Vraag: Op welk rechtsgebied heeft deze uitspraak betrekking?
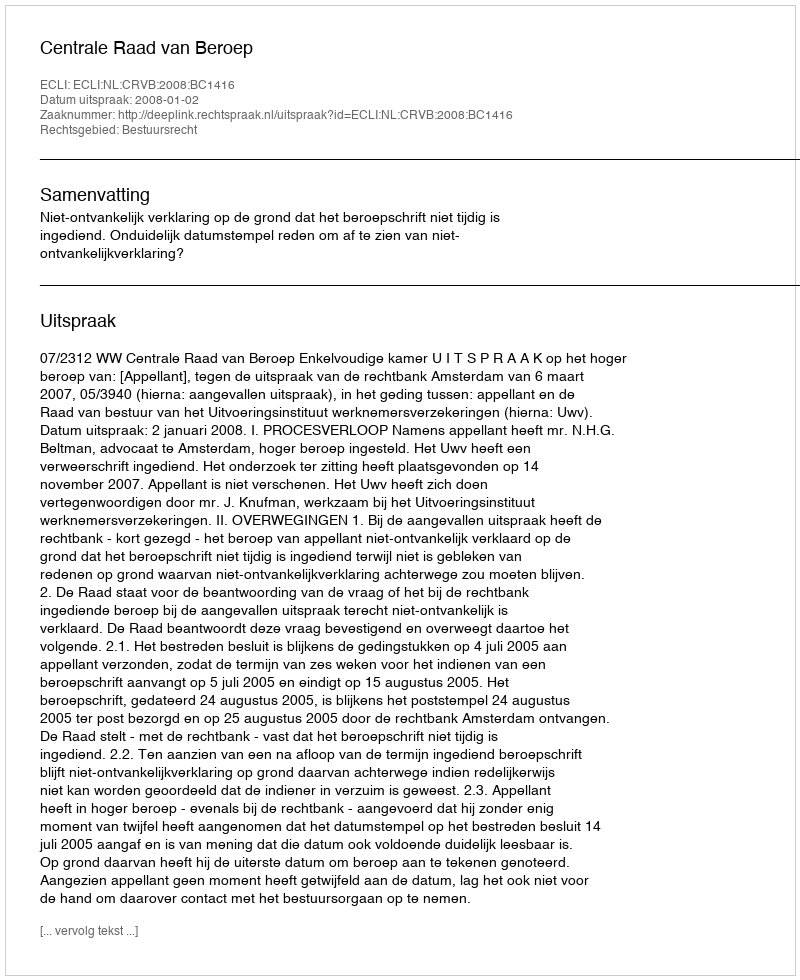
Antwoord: Bestuursrecht